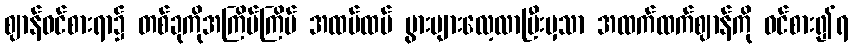
ဈာန်ဝင်စားရာ၌ တစ်ခုကိုအကြိမ်ကြိမ် အထပ်ထပ် ပွားများလေ့လာပြီးမှသာ အထက်ထက်ဈာန်ကို ဝင်စား၍ရ